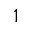
1